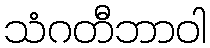
သံဂတီဘာဝါ